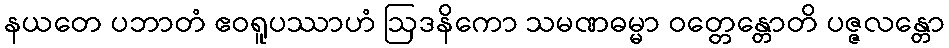
နယတေ ပဘာတံ ဧဝရူပဿာဟံ ဩဒနိကော သမဏဓမ္မာ ဝတ္တေန္တောတိ ပဇ္ဇလန္တော